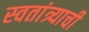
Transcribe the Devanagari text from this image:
स्वतांत्र्याची